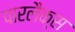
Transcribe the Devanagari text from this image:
पारलैक्स